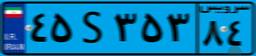
۴۹S۵۰۹۰۲